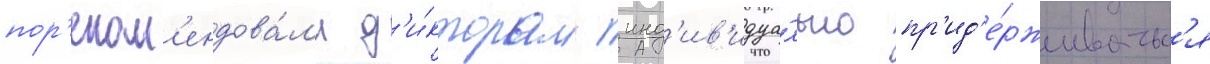
пор'еком'ендова́л'и д'и́кторам инд'ив'идуа́льно пр'ид'е́рживатьс'я